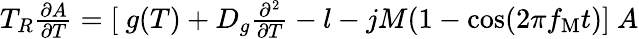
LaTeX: \begin{array}{r}{T_{R}\frac{\partial A}{\partial T}=[\ g(T)+D_{g}\frac{\partial^{2}}{\partial T}-l-jM(1-\cos(2\pi f_{\mathrm{M}}t)]\ A}\end{array}